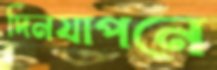
দিনযাপনে